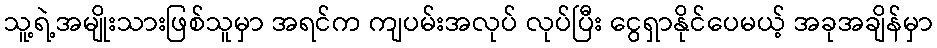
သူ့ရဲ့အမျိုးသားဖြစ်သူမှာ အရင်က ကျပမ်းအလုပ် လုပ်ပြီး ငွေရှာနိုင်ပေမယ့် အခုအချိန်မှာ